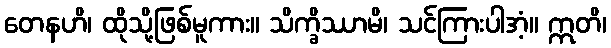
တေနဟိ၊ ထိုသို့ဖြစ်မူကား။ သိက္ခိဿာမိ၊ သင်ကြားပါအံ့။ ဣတိ၊